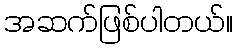
အဆက်ဖြစ်ပါတယ်။